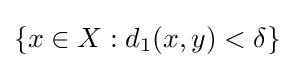
\{x\in X:d_{1}(x,y)<\delta \}